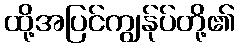
ထို့အပြင်ကျွန်ုပ်တို့၏